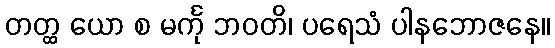
တတ္ထ ယော စ မင်္ကု ဘဝတိ၊ ပရေသံ ပါနဘောဇနေ။